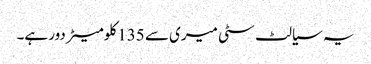
یہ سیالٹ سٹی میری سے 135 کلومیٹر دور ہے۔